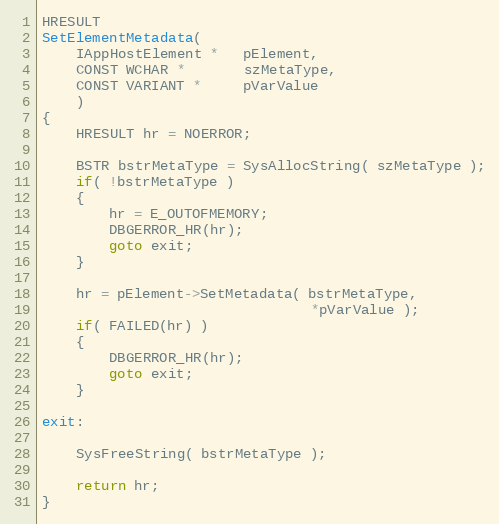
Language: C++
HRESULT
SetElementMetadata(
    IAppHostElement *   pElement,
    CONST WCHAR *       szMetaType,
    CONST VARIANT *     pVarValue
    )
{
    HRESULT hr = NOERROR;

    BSTR bstrMetaType = SysAllocString( szMetaType );
    if( !bstrMetaType )
    {
        hr = E_OUTOFMEMORY;
        DBGERROR_HR(hr);
        goto exit;
    }

    hr = pElement->SetMetadata( bstrMetaType,
                                *pVarValue );
    if( FAILED(hr) )
    {
        DBGERROR_HR(hr);
        goto exit;
    }

exit:

    SysFreeString( bstrMetaType );

    return hr;
}